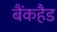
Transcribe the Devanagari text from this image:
बैंकहैड